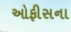
ઓફીસના